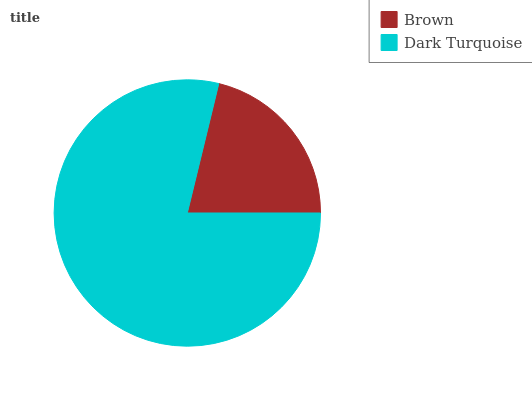
| Brown | Dark Turquoise |
 | --- | --- |
 | 21.2% | 78.8% |